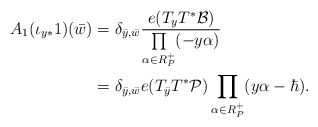
\begin{align*}A_1(\iota_{y*}1)(\bar{w})&=\delta_{\bar{y},\bar{w}}\frac{e(T_yT^*\mathcal{B})}{\prod\limits_{\alpha\in R^+_P}(-y\alpha)}\\&=\delta_{\bar{y},\bar{w}}e(T_{\bar{y}}T^*\mathcal{P})\prod\limits_{\alpha\in R^+_P}(y\alpha-\hbar).\end{align*}